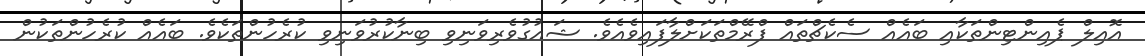
އޮއިލް ޕެއިންޓިންތަކާއި ބައެއް ސެކެޗްތައް ފްރޭމްތަކަށްލާފައިވެއެވެ. ޝައުގުވެރިވަނިވި ބިނާކުރުވަނިވި ކުރެހުންތަކެވެ. ބައެއް ކުރެހުންތަކުން